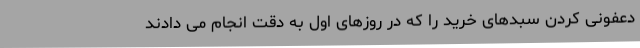
دعفونی کردن سبدهای خرید را که در روزهای اول به دقت انجام می دادند